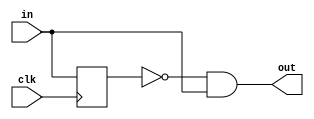
// TinyFPGA USB Code
// From https://github.com/lawrie/tiny_usb_examples/tree/master/usb

module rising_edge_detector ( 
  input clk,
  input in,
  output out
);
  reg in_q;

  always @(posedge clk) begin
    in_q <= in;
  end

  assign out = !in_q && in;
endmodule

module falling_edge_detector ( 
  input clk,
  input in,
  output out
);
  reg in_q;

  always @(posedge clk) begin
    in_q <= in;
  end

  assign out = in_q && !in;
endmodule